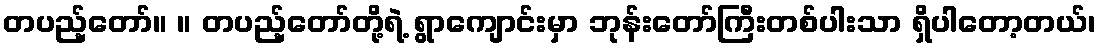
တပည့်တော်။ ။ တပည့်တော်တို့ရဲ့ ရွာကျောင်းမှာ ဘုန်းတော်ကြီးတစ်ပါးသာ ရှိပါတော့တယ်၊